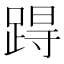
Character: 𨁽